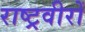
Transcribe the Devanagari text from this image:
राष्ट्रवीरों